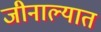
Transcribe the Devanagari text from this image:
जीनाल्यात